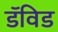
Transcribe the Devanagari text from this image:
डॅविड